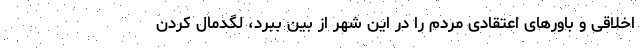
اخلاقی و باورهای اعتقادی مردم را در این شهر از بین ببرد، لگدمال کردن